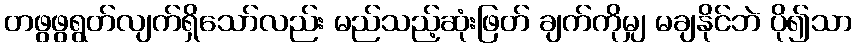
တဖွဖွရွတ်လျက်ရှိသော်လည်း မည်သည့်ဆုံးဖြတ် ချက်ကိုမျှ မချနိုင်ဘဲ ပို၍သာ